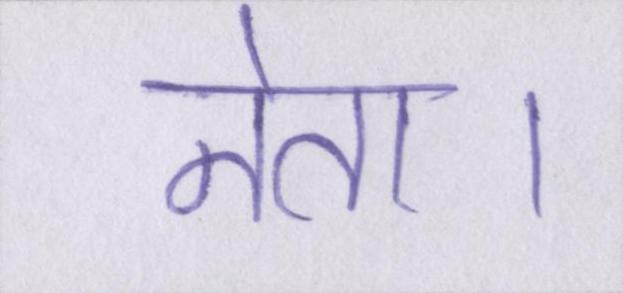
नेता।